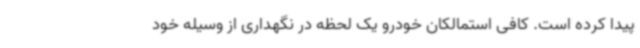
پیدا کرده است. کافی استمالکان خودرو یک لحظه در نگهداری از وسیله خود